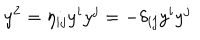
y ^ { 2 } = \eta _ { i j } y ^ { i } y ^ { j } = - \delta _ { i j } y ^ { i } y ^ { j }